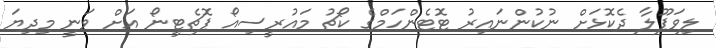
ލިވަޕޫލާ ދެކޮޅަށް ނުކުންނައިރު ޓޮޓެންހަމްގެ ކޯޗު މައުރީސިއޯ ޕޮޗެޓީނޯ އަށް ވަނީ މިދިޔަ